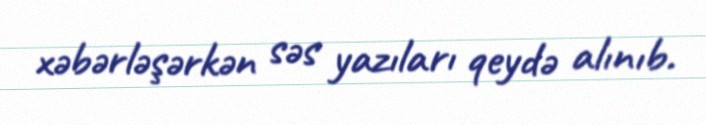
xəbərləşərkən səs yazıları qeydə alınıb.